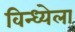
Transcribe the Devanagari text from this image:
विन्ध्येला